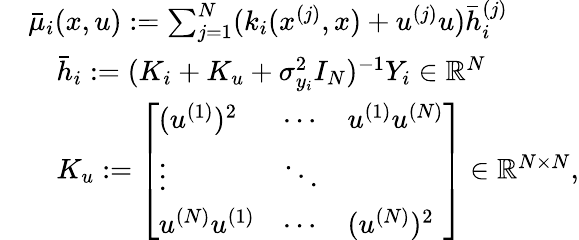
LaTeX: \begin{array}{rl}&{\bar{\mu}_{i}(x,u):=\sum_{j=1}^{N}(k_{i}(x^{(j)},x)+u^{(j)}u)\bar{h}_{i}^{(j)}}\\ &{\quad\bar{h}_{i}:=(K_{i}+K_{u}+\sigma_{y_{i}}^{2}I_{N})^{-1}Y_{i}\in{\mathbb R}^{N}}\\ &{\quad K_{u}:=\left[\begin{array}{lll}{(u^{(1)})^{2}}&{\cdots}&{u^{(1)}u^{(N)}}\\ {\vdots}&{\ddots}\\ {u^{(N)}u^{(1)}}&{\cdots}&{(u^{(N)})^{2}}\end{array}\right]\in{\mathbb R}^{N\times N},}\end{array}